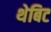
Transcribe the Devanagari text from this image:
थेबिट